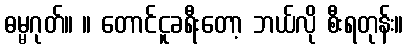
ဓမ္မဂုတ်။ ။ တောင်ငူခရီးတော့ ဘယ်လို စီးရတုန်း။